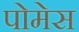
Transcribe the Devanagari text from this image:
पोमेस